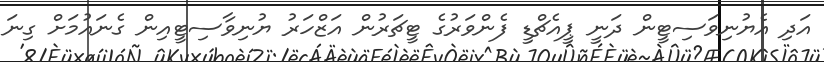
އަދި އެޔުނިވަސިޓީން ދަނީ ޕީއެޗްޑީ ފެންވަރުގެ ޓީޗަރުން އަޒްހަރު ޔުނިވާސިޓީއިން ގެނައުމަށް ގިނަ